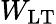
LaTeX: W_{\mathrm{LT}}